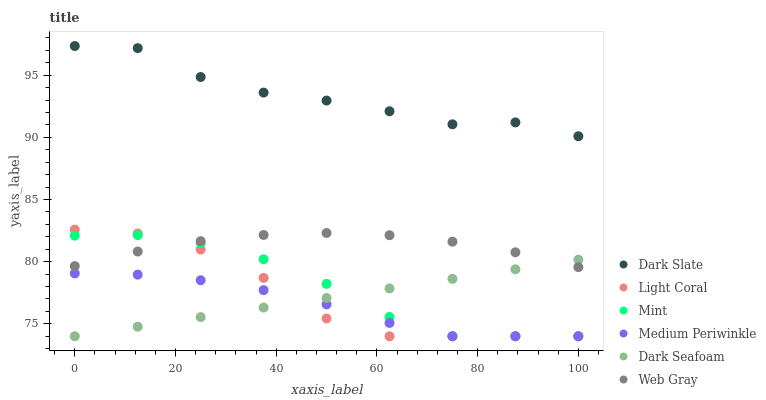
| xaxis_label | Dark Slate | Light Coral | Mint | Medium Periwinkle | Dark Seafoam | Web Gray |
 | --- | --- | --- | --- | --- | --- | --- |
 | 0 | 97.3 | 82.6 | 82.1 | 79.1 | 74 | 79.6 |
 | 12.5 | 97.2 | 82.3 | 82.1 | 79 | 74.8 | 80.8 |
 | 25 | 94.9 | 81 | 81.5 | 78.5 | 75.5 | 81.7 |
 | 37.5 | 93.6 | 78.7 | 80.2 | 77.7 | 76.3 | 82.1 |
 | 50 | 93 | 75.4 | 78.2 | 76.6 | 77.1 | 82.3 |
 | 62.5 | 92.1 | 74 | 75.6 | 75.1 | 77.8 | 82.1 |
 | 75 | 91 | 74 | 74 | 74 | 78.6 | 81.6 |
 | 87.5 | 91.2 | 74 | 74 | 74 | 79.4 | 80.8 |
 | 100 | 90.1 | 74 | 74 | 74 | 80.2 | 79.6 |